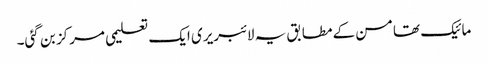
مائیک تھامسن کے مطابق یہ لائبریری ایک تعلیمی مرکز بن گئی۔